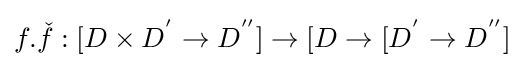
f.{\check {f}}:[D\times D^{'}\rightarrow D^{''}]\rightarrow [D\rightarrow [D^{'}\rightarrow D^{''}]